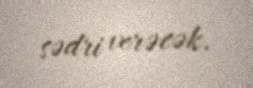
sədri verəcək.